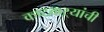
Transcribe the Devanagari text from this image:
कष्टकऱ्यांची